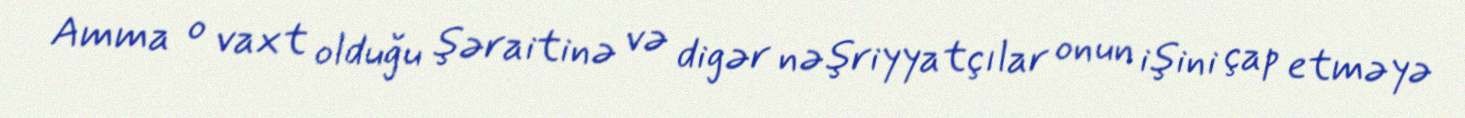
Amma o vaxt olduğu şəraitinə və digər nəşriyyatçılar onun işini çap etməyə